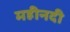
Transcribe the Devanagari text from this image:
महीनदी